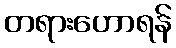
တရားဟောရန်